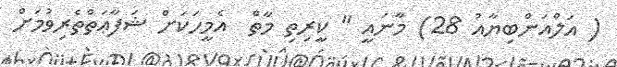
( އަލްއަންބިޔާއު 28) މާނައީ " ކީރިތި މާތް  އެމީހަކަށް ޝަފާޢަތްތެރިވުމަށް